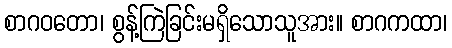
စာဂဝတော၊ စွန့်ကြဲခြင်းမရှိသောသူအား။ စာဂကထာ၊